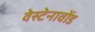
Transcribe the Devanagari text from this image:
वेस्टेनावोंड